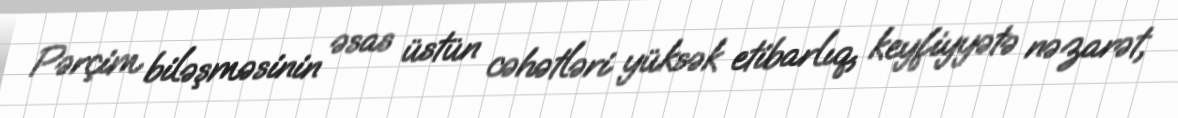
Pərçim biləşməsinin əsas üstün cəhətləri yüksək etibarlıq, keyfiyyətə nəzarət,